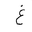
Letter: _gayn